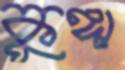
কুঙ্গা